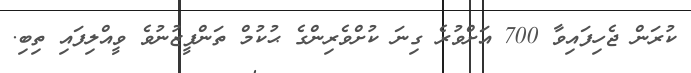
ކުރަން ޖެހިފައިވާ 700 އަށްވުރެ ގިނަ ކުށްވެރިންގެ ޙުކުމް ތަންފީޒުނުވެ ވީއްލިފައި ތިބި.